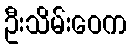
ဦးသိမ်းဝေက